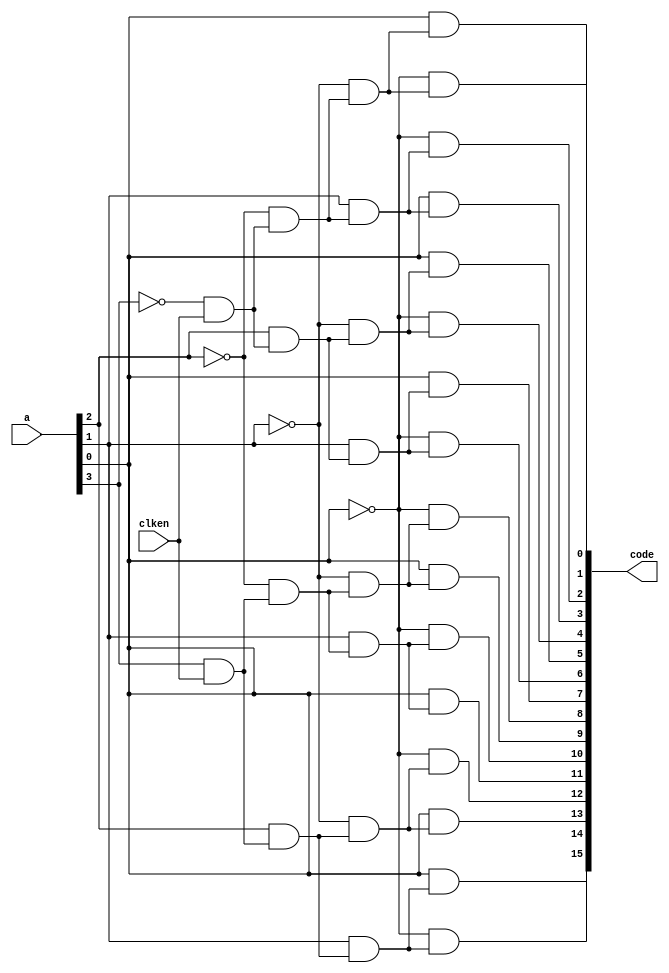
module decoderparam
	# (parameter WIDTH = 4)
	( output reg [2**WIDTH-1 : 0] code,
	  input [WIDTH-1 : 0] a,
	  input clken
    );
	
	localparam STAGE = WIDTH;
	
	integer i, s, r;
	
	reg [(STAGE+1)*(2**STAGE):0] p;

	always @(a, p, clken) begin
		
		p[STAGE*(2**STAGE)] <= clken;
		
		for(s=STAGE; s > 0; s = s - 1) begin
			for (r = 0; r < 2**(STAGE - s); r = r + 1) begin
				p[(s-1)*(2**STAGE) + 2*r]  <= !a[s-1] && p[s*(2**STAGE)+r];
				p[(s-1)*(2**STAGE) + 2*r+1]  <= a[s-1] && p[s*(2**STAGE)+r];
			end
		end
			
		for (i=0; i < 2**STAGE; i = i + 1) begin
			code[i] <= p[i]; 
		end
	end

endmodule